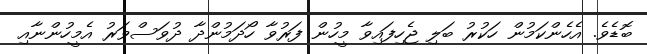
ބޮޑެވެ. އެހެންކަމުން ހަކުރު ބަލި ޖެހިފައިވާ މީހުން ފަރުވާ ހޯދަމުންދާ ދުވަސްވަރު އެމީހުންނާއި